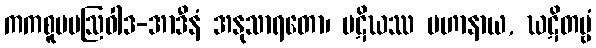
ကကစူပမဩဝါဒ-အာဒီနံ အနုသာရတော၊ ပဋိဃဿ ပဟာနာယ, ဃဋိတဗ္ဗံ